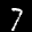
Label: 7